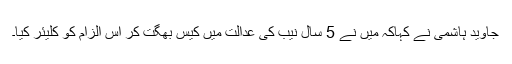
جاوید ہاشمی نے کہاکہ میں نے 5 سال نیب کی عدالت میں کیس بھگت کر اس الزام کو کلیئر کیا۔